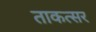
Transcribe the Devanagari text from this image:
ताकत्सर